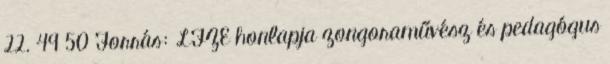
22. 49 50 Forrás: LFZE honlapja zongoraművész és pedagógus